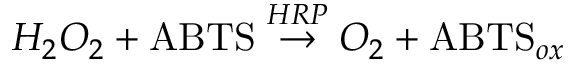
H _ { 2 } O _ { 2 } + \mathrm { A B T S } \stackrel { H R P } { \rightarrow } O _ { 2 } + \mathrm { A B T S } _ { o x }